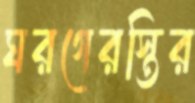
ঘরগেরস্তির